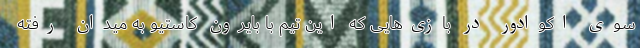
سوی اکوادور در بازی‌هایی که این تیم با بایرون کاستیو به میدان رفته